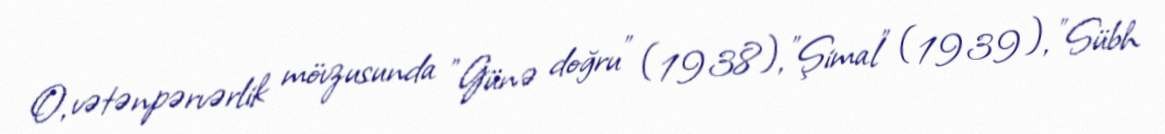
O, vətənpərvərlik mövzusunda "Günə doğru" (1938), "Şimal" (1939), "Sübh